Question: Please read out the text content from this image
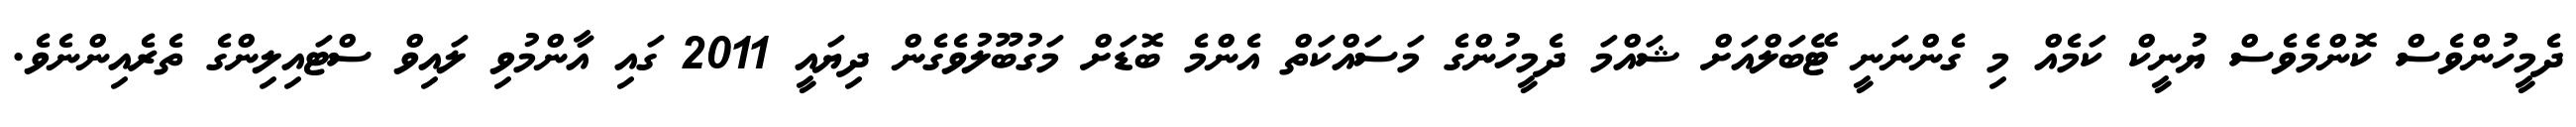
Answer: ދެމީހުންވެސް ކޮންމެވެސް ޔުނީކް ކަމެއް މި ގެންނަނީ ޓޭބަލްއަށް ޝައްމަ ދެމީހުންގެ މަސައްކަތް އެންމެ ބޮޑަށް މަގުބޫލުވެގެން ދިޔައީ 2011 ގައި އާންމުވި ލައިވް ސްޓައިލިންގެ ތެރެއިންނެވެ.